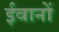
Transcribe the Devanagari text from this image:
ईवानों